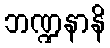
ဘဏ္ဍနာနိ